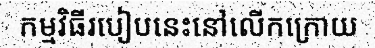
កម្មវិធីរបៀបនេះនៅលើកក្រោយ